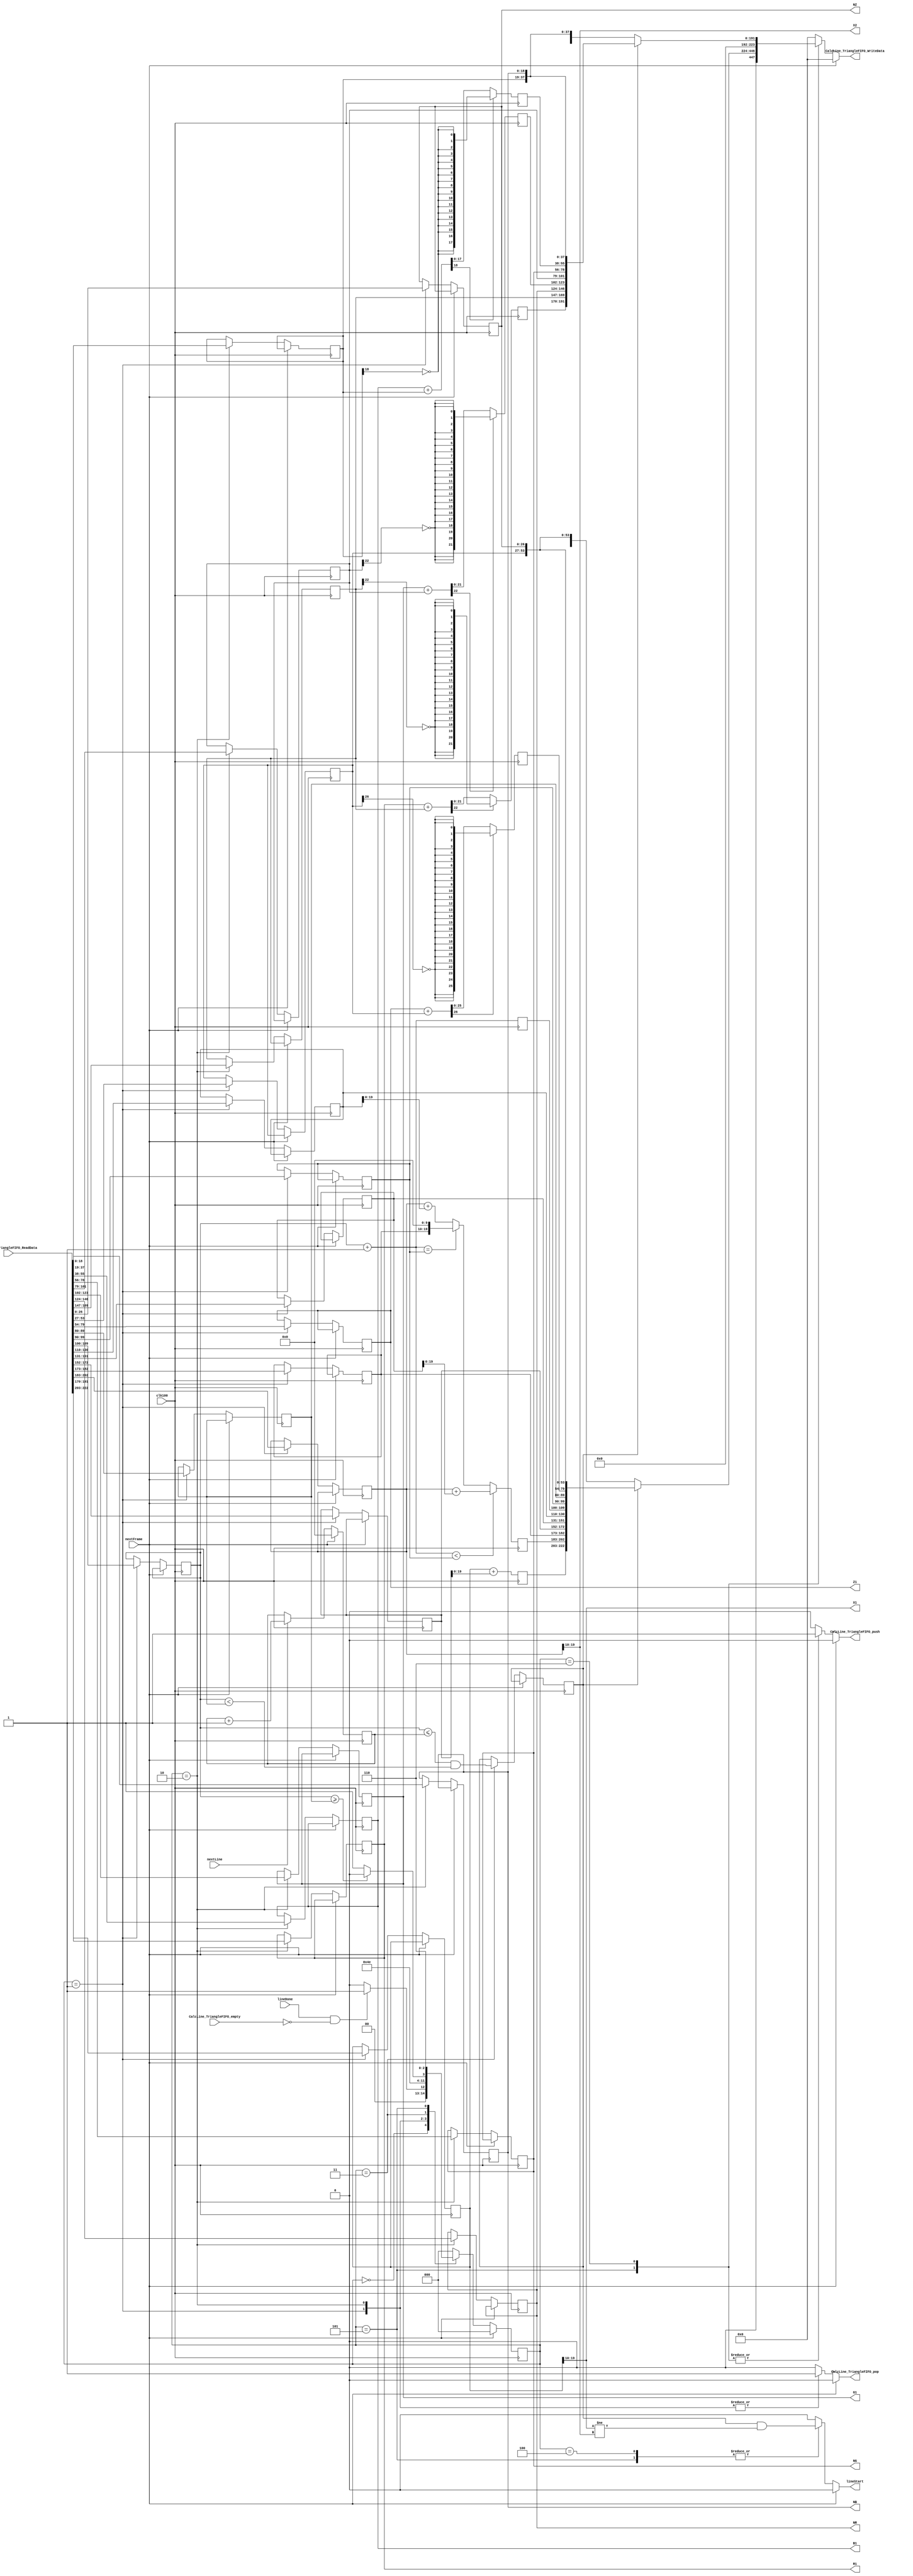
`timescale 1ns / 1ps
//////////////////////////////////////////////////////////////////////////////////
// Company: 
// Engineer: 
// 
// Design Name: 
// Module Name:    CalcLine 
// Project Name: 
// Target Devices: 
// Tool versions: 
// Description: 
//
// Dependencies: 
//
// Revision: 
// Revision 0.01 - File Created
// Additional Comments: 
//
//////////////////////////////////////////////////////////////////////////////////
module CalcLine(
    input clk100,
    input [223:0] CalcLine_TriangleFIFO_ReadData,
    output reg CalcLine_TriangleFIFO_pop,
	 input  CalcLine_TriangleFIFO_empty,
    output reg [223:0] CalcLine_TriangleFIFO_WriteData,
    output reg CalcLine_TriangleFIFO_push,
    output [9:0] X1,
    output [9:0] X2,
    output [25:0] Z1,
    output [26:0] NZ,
    output [21:0] R1,
    output [22:0] NR,
    output [21:0] G1,
    output [22:0] NG,
    output [17:0] B1,
    output [18:0] NB,
    output reg lineStart,
    input lineDone,
	 input nextFrame,
    input nextLine
    );
	 
parameter WAIT=3'd0, POP1=3'd1, POP2=3'd2, DECIDE=3'd3, NOPUSH=3'd4, PUSH1=3'd5, PUSH2=3'd6;
reg [2:0] State=0;
reg line_active;

reg [19:0] X1_r;     
reg [19:0] X2_r;     
reg  [9:0] Xmid_r;   
reg [20:0] Mlong_r;  
reg [20:0] Mtop_r;   
reg [20:0] Mbottom_r;
reg  [9:0] Ycurr_r;  
reg  [9:0] Ymid_r;   
reg  [9:0] Yend_r;   
reg [25:0] Z1_r;     
reg [26:0] MZ_r;     
reg [26:0] NZ_r;     
reg [21:0] R1_r;     
reg [22:0] MR_r;     
reg [22:0] NR_r;     
reg [21:0] G1_r;     
reg [22:0] MG_r;     
reg [22:0] NG_r;     
reg [17:0] B1_r;     
reg [18:0] MB_r;     
reg [18:0] NB_r;     

reg  [9:0] Ycounter;

reg [19:0] X1_out;
reg [19:0] X2_out;
reg  [9:0] Ycurr_out;  
reg [25:0] Z1_out;    
reg [21:0] R1_out;     
reg [21:0] G1_out;    
reg [17:0] B1_out;   
reg [26:0] Z1_sum;    
reg [22:0] R1_sum;     
reg [22:0] G1_sum;    
reg [18:0] B1_sum;   

assign X1 = X1_r[19:10];
assign X2 = X2_r[19:10];
assign Z1 = Z1_r;
assign NZ = NZ_r;
assign R1 = R1_r;
assign NR = NR_r;
assign G1 = G1_r;
assign NG = NG_r;
assign B1 = B1_r;
assign NB = NB_r;

always@(posedge clk100)
begin
	X1_out <= X1_r + Mlong_r;
	Ycurr_out = Ycurr_r + 1;
	X2_out <= (Ycurr_out < Ymid_r) ? X2_r + Mtop_r
	        : (Ycurr_out == Ymid_r) ? {Xmid_r, 10'h0}
			  : X2_r + Mbottom_r;
	Z1_sum = Z1_r + MZ_r;
	Z1_out <= Z1_sum[26]?{26{~MZ_r[26]}}:Z1_sum[25:0];
	R1_sum = R1_r + MR_r;
	R1_out <= R1_sum[22]?{22{~MR_r[22]}}:R1_sum[21:0];
	G1_sum = G1_r + MG_r;
	G1_out <= G1_sum[22]?{22{~MG_r[22]}}:G1_sum[21:0];
	B1_sum = B1_r + MB_r;
	B1_out <= B1_sum[18]?{18{~MB_r[18]}}:B1_sum[17:0];
end

//Decoding
//assign {X1_in, X2_in, Xmid_in, Mlong_in, Mtop_in, Mbottom_in,
//        Ycurr_in, Ymid_in, Yend_in, Z1_in, MZ_in, NZ_in} = CalcLine_TriangleFIFO_ReadData[222:0];
//assign {R1_in, MR_in, NR_in, G1_in, MG_in, NG_in,
//        B1_in, MB_in, NB_in} = CalcLine_TriangleFIFO_ReadData[191:0];

//reg [414:0] TriBuf;// = {20'h4B000, 20'h4B000, 10'h258, 21'h1FFDF3, 21'h000423, 21'h1FEC00, 10'h00A, 10'h12C, 10'h190, 26'h10, 27'h0, 27'h0, 22'h3FF000, 23'h0, 23'h0, 22'h0, 23'h0, 23'h0, 18'h0, 19'h0, 19'h0};
//reg [414:0] BufData;


//Next State decoder
always@(posedge clk100)
begin
	if(nextFrame)
	begin
		State <= WAIT;
		Ycounter <= 0;
	end
	else
	begin
		if(nextLine)
			Ycounter <= Ycounter + 1;
		case(State)
			WAIT:
			begin
				if(lineDone && !CalcLine_TriangleFIFO_empty)
					State <= POP1;
				else
					State <= WAIT;
			end
			POP1:
			begin
				{X1_r, X2_r, Xmid_r, Mlong_r, Mtop_r, Mbottom_r,
				Ycurr_r, Ymid_r, Yend_r, Z1_r, MZ_r, NZ_r} <= CalcLine_TriangleFIFO_ReadData[222:0];
				State <= POP2;
			end
			POP2:
			begin
				{R1_r, MR_r, NR_r, G1_r, MG_r, NG_r,
				B1_r, MB_r, NB_r} <= CalcLine_TriangleFIFO_ReadData[191:0];
				State <= DECIDE;
			end
			DECIDE:
			begin
				line_active <= (Ycurr_r <= Ycounter) && (Ycurr_r < Yend_r);
				
				if(Ycurr_r >= Yend_r)
					State <= NOPUSH;
				else
					State <= PUSH1;
			end
			NOPUSH:
			begin
				State <= WAIT;
			end
			PUSH1:
			begin
				State <= PUSH2;
			end
			PUSH2:
			begin
				/*if(lineDone && !CalcLine_TriangleFIFO_empty)
					Next = POP1;
				else*/
				State <= WAIT;
			end
			default:
				State <= WAIT;
		endcase
	end
end


//Output decoder
always@*
begin
	if(nextFrame)
	begin
		CalcLine_TriangleFIFO_pop <= 0;
		CalcLine_TriangleFIFO_push <= 0;
		CalcLine_TriangleFIFO_WriteData <= 0;
		lineStart <= 0;
	end
	else
	begin
		CalcLine_TriangleFIFO_pop <= 0;
		CalcLine_TriangleFIFO_push <= 0;
		CalcLine_TriangleFIFO_WriteData <= 0;
		lineStart <= 0;
		case(State)
			POP1: 
			begin
				CalcLine_TriangleFIFO_pop <= 1;
			end
			POP2:
			begin
				CalcLine_TriangleFIFO_pop <= 1;
			end
			NOPUSH:
			begin		
				lineStart <= line_active && (X1_r[19:10] != X2_r[19:10]);
			end
			PUSH1:
			begin
				CalcLine_TriangleFIFO_push <= 1;
				lineStart <= line_active && (X1_r[19:10] != X2_r[19:10]);
				if(line_active)
				begin
					CalcLine_TriangleFIFO_WriteData <= {X1_out, X2_out, Xmid_r, Mlong_r, Mtop_r, Mbottom_r,
																Ycurr_out, Ymid_r, Yend_r, Z1_out, MZ_r, NZ_r};
				end
				else
				begin
					CalcLine_TriangleFIFO_WriteData <= {X1_r, X2_r, Xmid_r, Mlong_r, Mtop_r, Mbottom_r,
																Ycurr_r, Ymid_r, Yend_r, Z1_r, MZ_r, NZ_r};
				end				
			end
			PUSH2:
			begin
				CalcLine_TriangleFIFO_push <= 1;
				if(line_active)
				begin
					CalcLine_TriangleFIFO_WriteData <= {R1_out, MR_r, NR_r, G1_out, MG_r, NG_r,
																	B1_out, MB_r, NB_r};
				end
				else
				begin
					CalcLine_TriangleFIFO_WriteData <= {R1_r, MR_r, NR_r, G1_r, MG_r, NG_r,
																	B1_r, MB_r, NB_r};
				end
			end
		endcase
	end
end	

endmodule